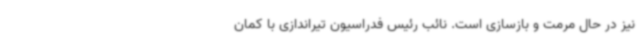
نیز در حال مرمت و بازسازی است. نائب رئیس فدراسیون تیراندازی با کمان